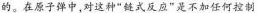
的。在原子弹中，对这种”链式反应”是不加任何控制